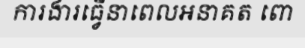
ការងារធ្វើនាពេលអនាគត ពោ